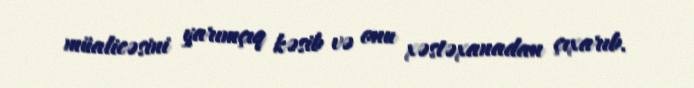
müalicəsini yarımçıq kəsib və onu xəstəxanadan çıxarıb.